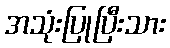
အသုံးပြုပြီးသား